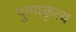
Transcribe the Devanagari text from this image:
पुण्यकृत्य